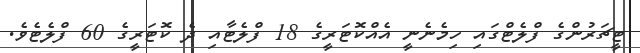
ޓީޗަރުންގެ ފްލެޓްގައި ހިމެނެނީ އެއްކޮޓަރީގެ 18 ފްލެޓާއި ދެ ކޮޓަރީގެ 60 ފްލެޓެވެ.